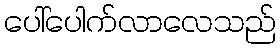
ပေါ်ပေါက်လာလေသည်